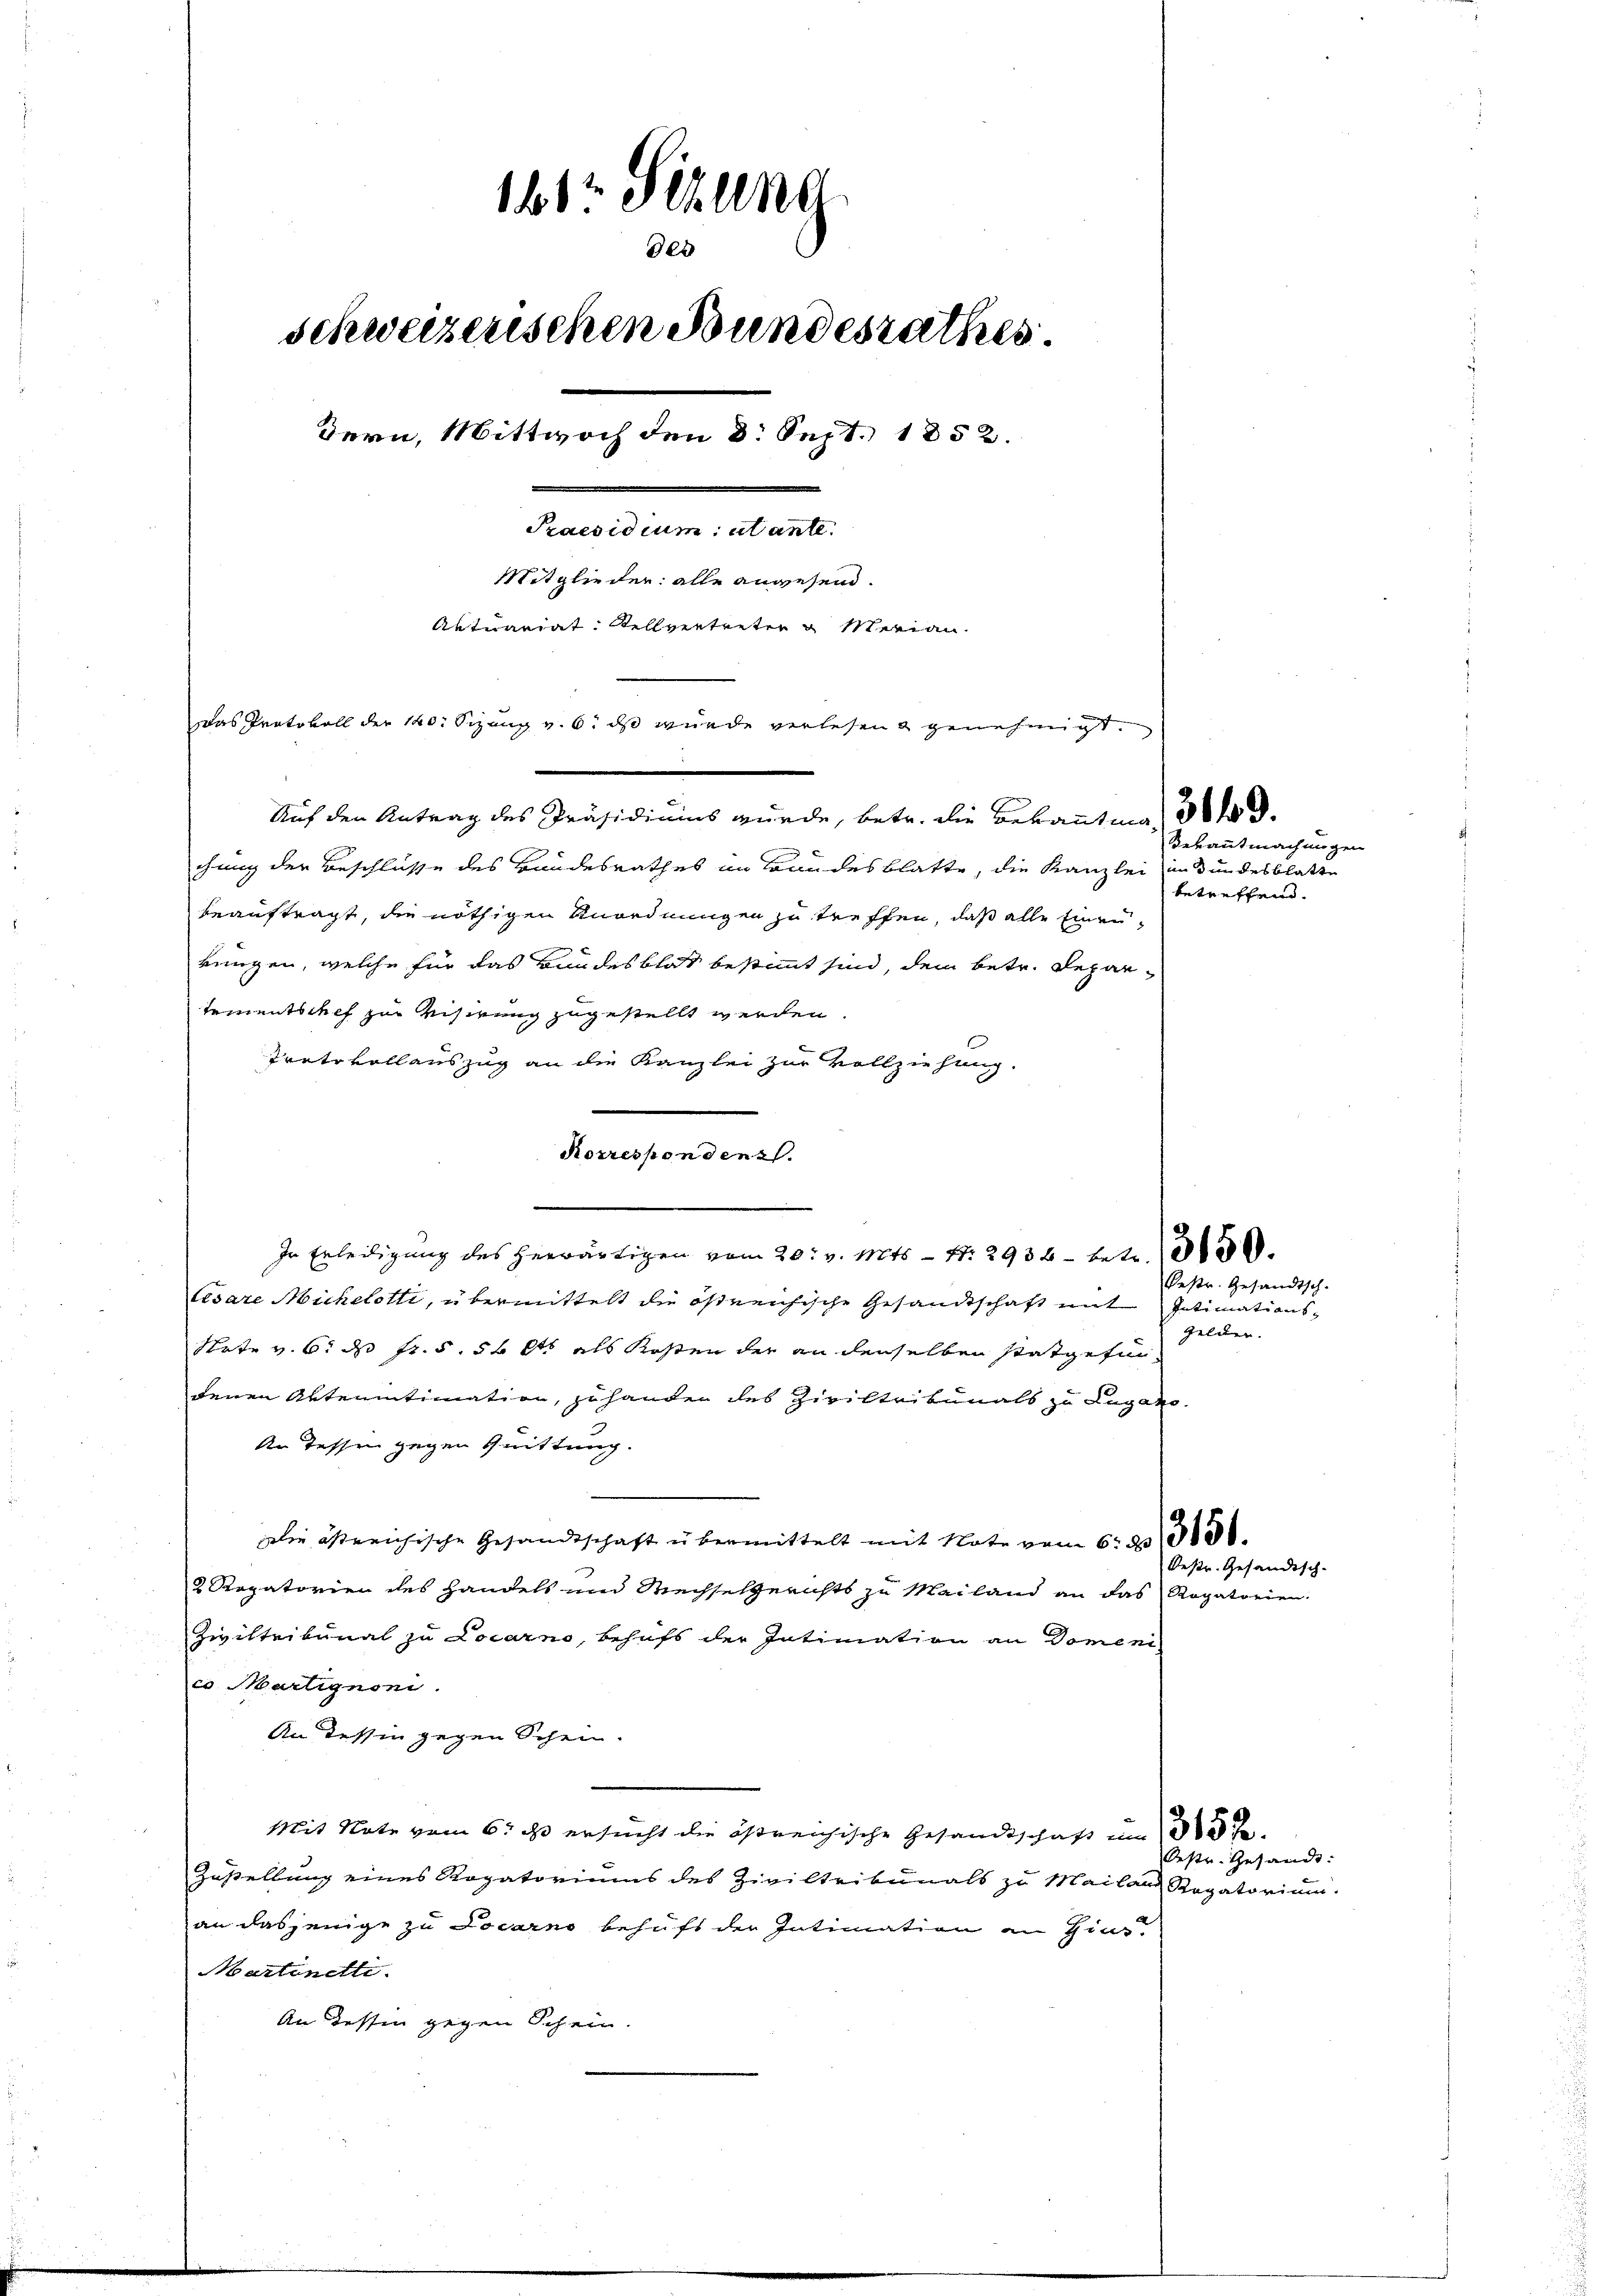
160 Sizung
des
schweizerischen Bundesrathes.
Bern, Mittwoch den 8. Sept. 1852.
Praesidium utante.
Mitglieder: alle anwesend.
Aktuariat Kellvertreten & Marian.
Das Protokoll der 140. Sizung v. 6. ds wurde verlesen genehmigt.

Auf den Antrag des Präsidiums wurde, betr. die Bekannten 3.
chung der Beschlüsse des Bandesrathes an Bandesblatte, die Kanzlei in Bundesblatte
beauftragt, die nöthigen Unordnungen zu treffen, daß alle Einenkungen, welche für das Bandesblat bestimmt sind, dem betr. Repartementschef zur Visirung zugestellt werden.
Protokollauszug an die Kanzlei zur Vollziehung.
Cesare Micheletti, übermittelt die östreichische Gesandtschaft mit Intimations-
Nrte v. 6. ds fr. 5. 54 et als Kosten der an denselben statgefun
denen Aktenintimation, zuhander des Ziviltribunals zu Lugano
An Tessen gegen Quittung.
Die östreichische Gesandtschaft übermittelt mit Note vom 6. 2010000.
d Rogatorien des Handels und Wechselgerichts zu Mailand an das Rogatorien
Ziviltribunal zu Locarno, Behufs der Intimation an Domeni
co Martignoni.
An dessin gegen Schein-
Mit Note vom 6. ds ersucht die östreichische Gesandtschaft um
Zustellung eines Rogatoriums des Ziviltribunals zu Mailand Rogatorium.
an dasjenige zu Locarno behuft der Intimation an Zins
Martinetti.
An dessen gegen Schein.

Korrespondenz.
In Erledigung des herwärtigen vom 20. v. Mts. — Nr. 2934 betr.

Bekanntmachungen
betreffend.

Pestr. Gesandtsch-
Gelder.

Pestr. Gesandisch-

Oestr. Gesandt: